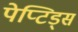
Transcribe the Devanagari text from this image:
पेप्टिड्स